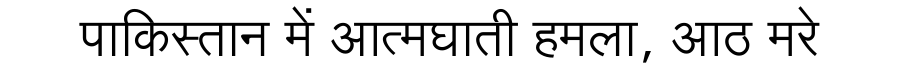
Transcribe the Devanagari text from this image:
पाकिस्तान में आत्मघाती हमला, आठ मरे